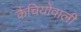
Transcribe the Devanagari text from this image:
कैंचियोंवाली